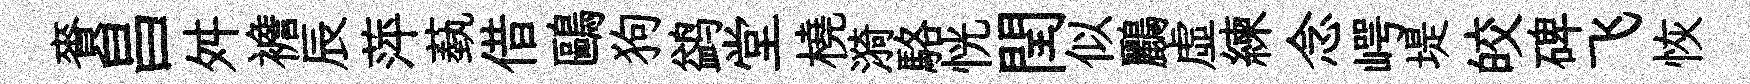
賚昌舛襜辰萍蓺借鷗狗鹢堂橈漪駱恍閏似鸝虚練念崿堤皎碑飞恢